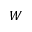
W